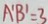
A ^ { \prime } B ^ { \prime } = 3